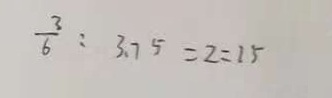
\frac { 3 } { 6 } : 3 . 7 5 = 2 : 1 5